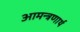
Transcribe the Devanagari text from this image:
आमन्त्रणार्थ